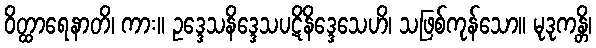
ဝိတ္ထာရေနာတိ၊ ကား။ ဥဒ္ဒေသနိဒ္ဒေသပဋိနိဒ္ဒေသေဟိ၊ သဖြစ်ကုန်သော။ မုဒုကန္တိ၊